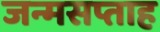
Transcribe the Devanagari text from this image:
जन्मसप्ताह